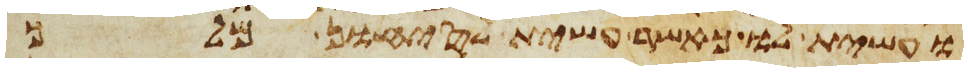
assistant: ועשית לו כאשר עשית לסיחון מלך